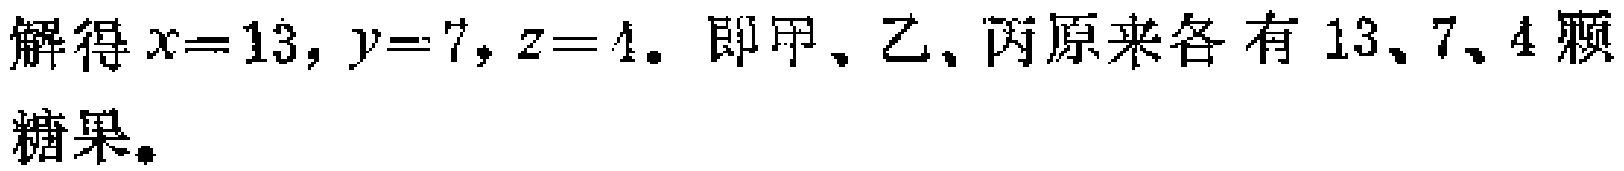
解得\(x = 13, y = 7, z = 4\). 即甲、乙、丙原来各有 \(13\)、\(7\)、\(4\)颗糖果.